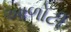
આળોટી